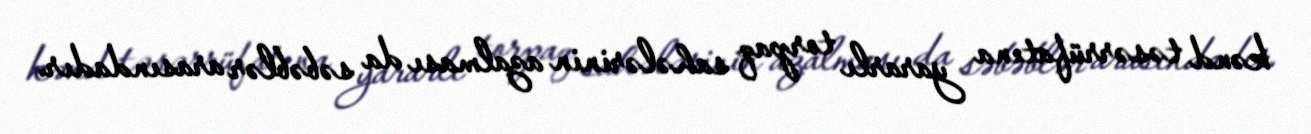
kənd təsərrüfatına yararlı torpaq sahələrinin azalması da səbəblər arasındadır.